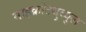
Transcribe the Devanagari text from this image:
माइक्रोट्युब्युल